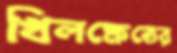
খিলক্ষেতের